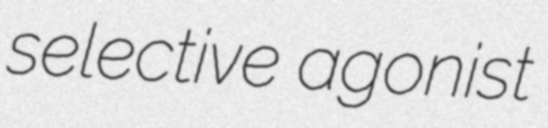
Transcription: selective agonist